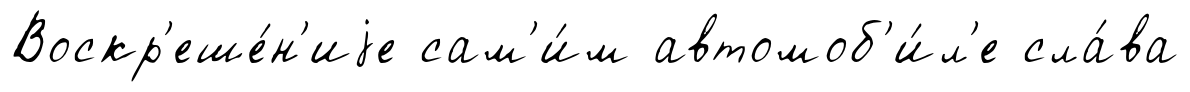
Воскр'еше́н'иjе сам'и́м автомоб'и́л'е сла́ва